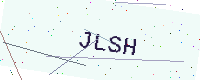
Text: JLSH